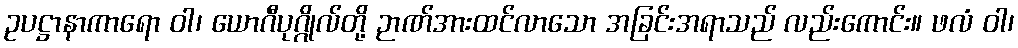
ဥပဋ္ဌာနာကာရော ဝါ၊ ယောဂီပုဂ္ဂိုလ်တို့ ဉာဏ်အားထင်လာသော အခြင်းအရာသည် လည်းကောင်း။ ဖလံ ဝါ၊